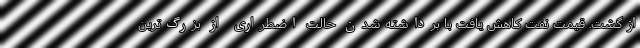
ازگشت. قیمت نفت کاهش یافت با برداشته شدن حالت اضطراری از بزرگ‌ترین